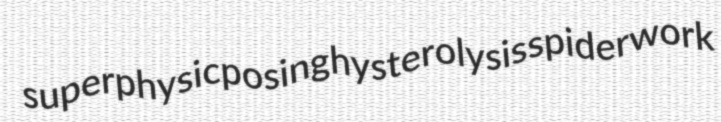
superphysicposing hysterolysis spiderwork